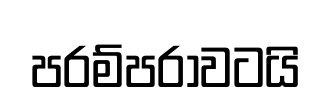
පරම්පරාවටයි